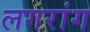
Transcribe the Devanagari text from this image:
लगरांग